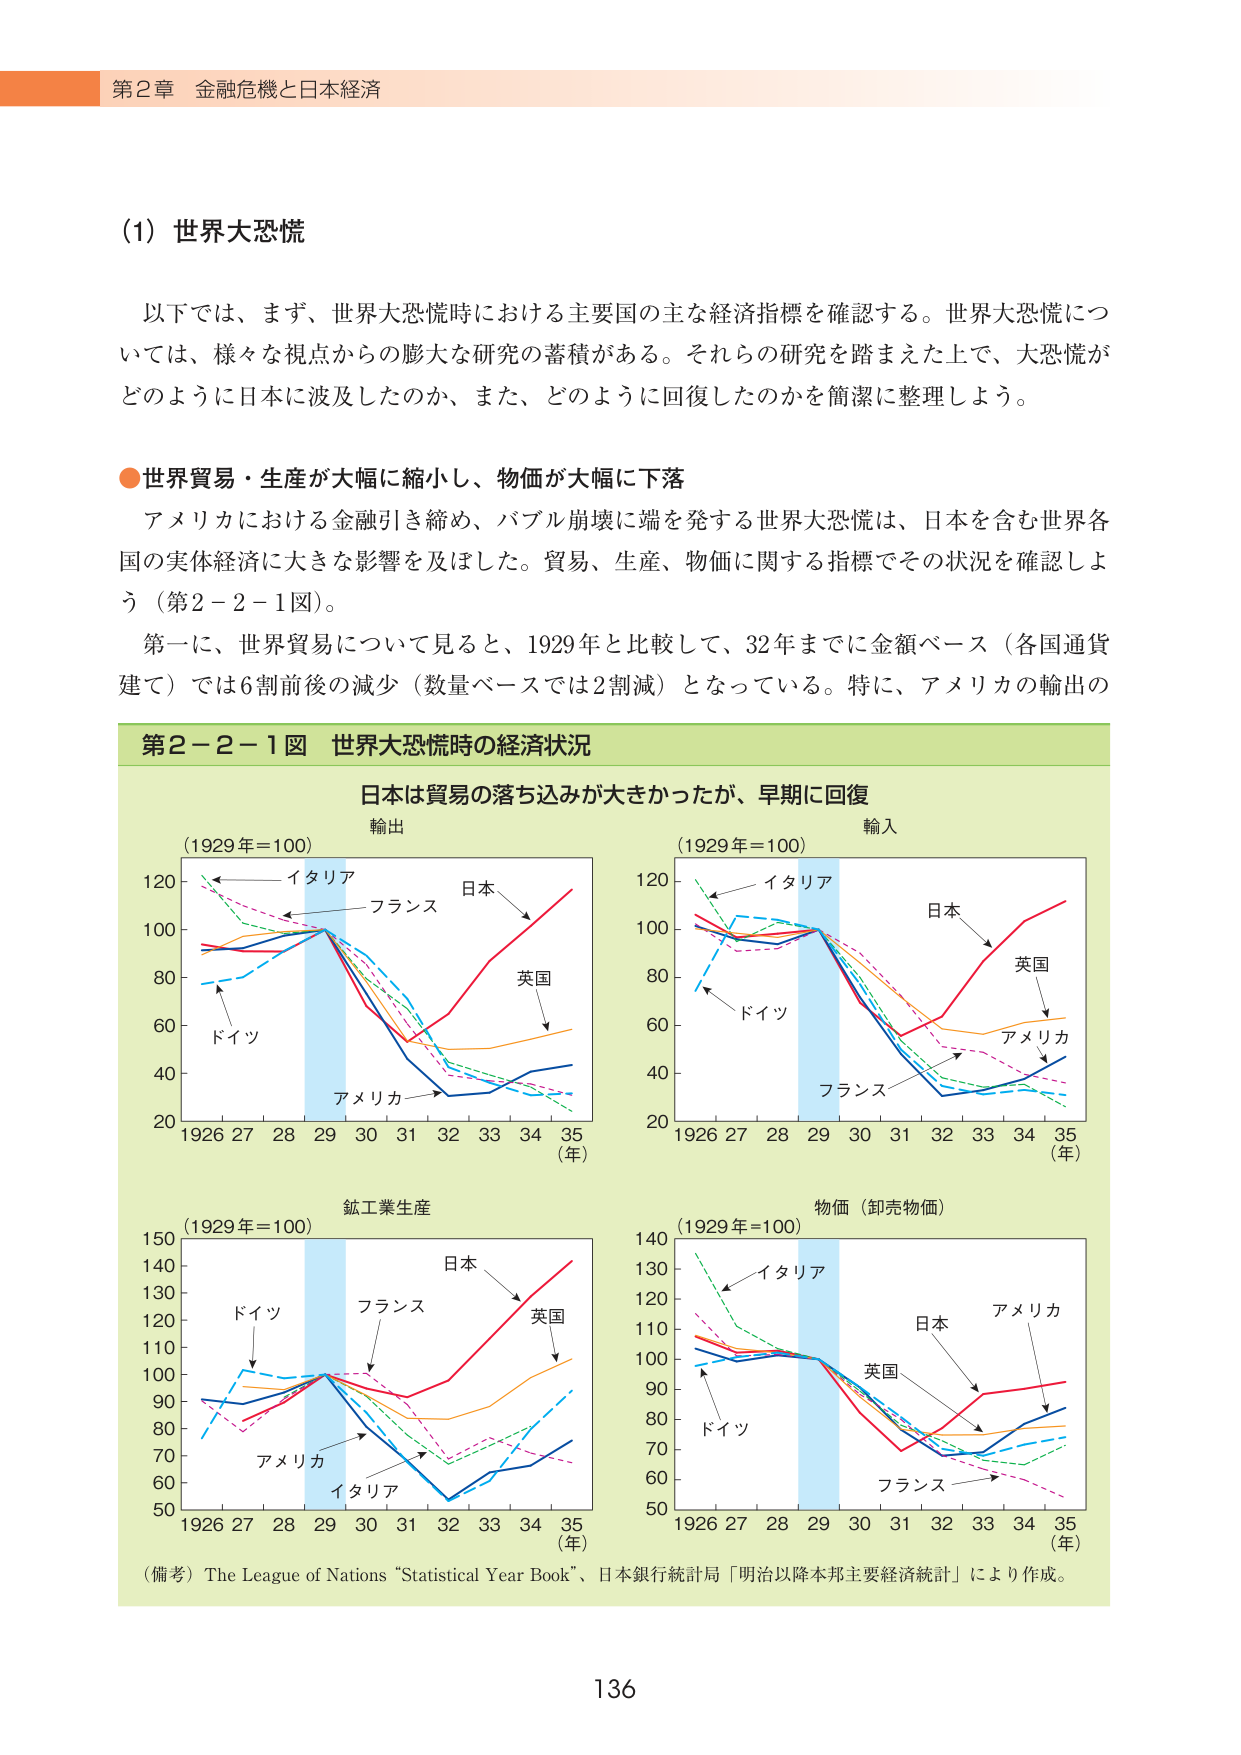
第2章 金融危機と日本経済

(1) 世界大恐慌

以下では、まず、世界大恐慌時における主要国の主な経済指標を確認する。世界大恐慌については、様々な視点からの膨大な研究の蓄積がある。それらの研究を踏まえた上で、大恐慌がどのように日本に波及したのか、また、どのように回復したのかを簡潔に整理しよう。

●世界貿易・生産が大幅に縮小し、物価が大幅に下落

アメリカにおける金融引き締め、バブル崩壊に端を発する世界大恐慌は、日本を含む世界各国の実体経済に大きな影響を及ぼした。貿易、生産、物価に関する指標でその状況を確認しよう（第2－2－1図）。

第一に、世界貿易について見ると、1929年と比較して、32年までに金額ベース（各国通貨建て）では6割前後の減少（数量ベースでは2割減）となっている。特に、アメリカの輸出の

第2－2－1図 世界大恐慌時の経済状況

日本は貿易の落ち込みが大きかったが、早期に回復

輸出
(1929年=100)
120
100
80
60
40
20
1926 27 28 29 30 31 32 33 34 35
(年)
イタリア
フランス
日本
英国
アメリカ
ドイツ

輸入
(1929年=100)
120
100
80
60
40
20
1926 27 28 29 30 31 32 33 34 35
(年)
イタリア
日本
英国
アメリカ
フランス
ドイツ

鉱工業生産
(1929年=100)
150
140
130
120
110
100
90
80
70
60
50
1926 27 28 29 30 31 32 33 34 35
(年)
ドイツ
フランス
日本
英国
アメリカ
イタリア

物価（卸売物価）
(1929年=100)
140
130
120
110
100
90
80
70
60
50
1926 27 28 29 30 31 32 33 34 35
(年)
イタリア
アメリカ
日本
英国
ドイツ
フランス

（備考）The League of Nations “Statistical Year Book”、日本銀行統計局「明治以降本邦主要経済統計」により作成。

136